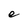
Character: e